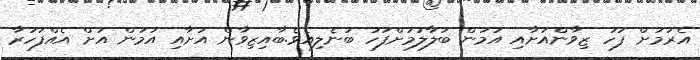
އެރުމަށް ފަހު ޒިވާންއަށާއި އަމަން ބަލާލުމަށްފަހު ބުނެލިއެވެ.ބާއިޒިވާން އަށާއި އަމަން އަށް އެއްފަހަރާ